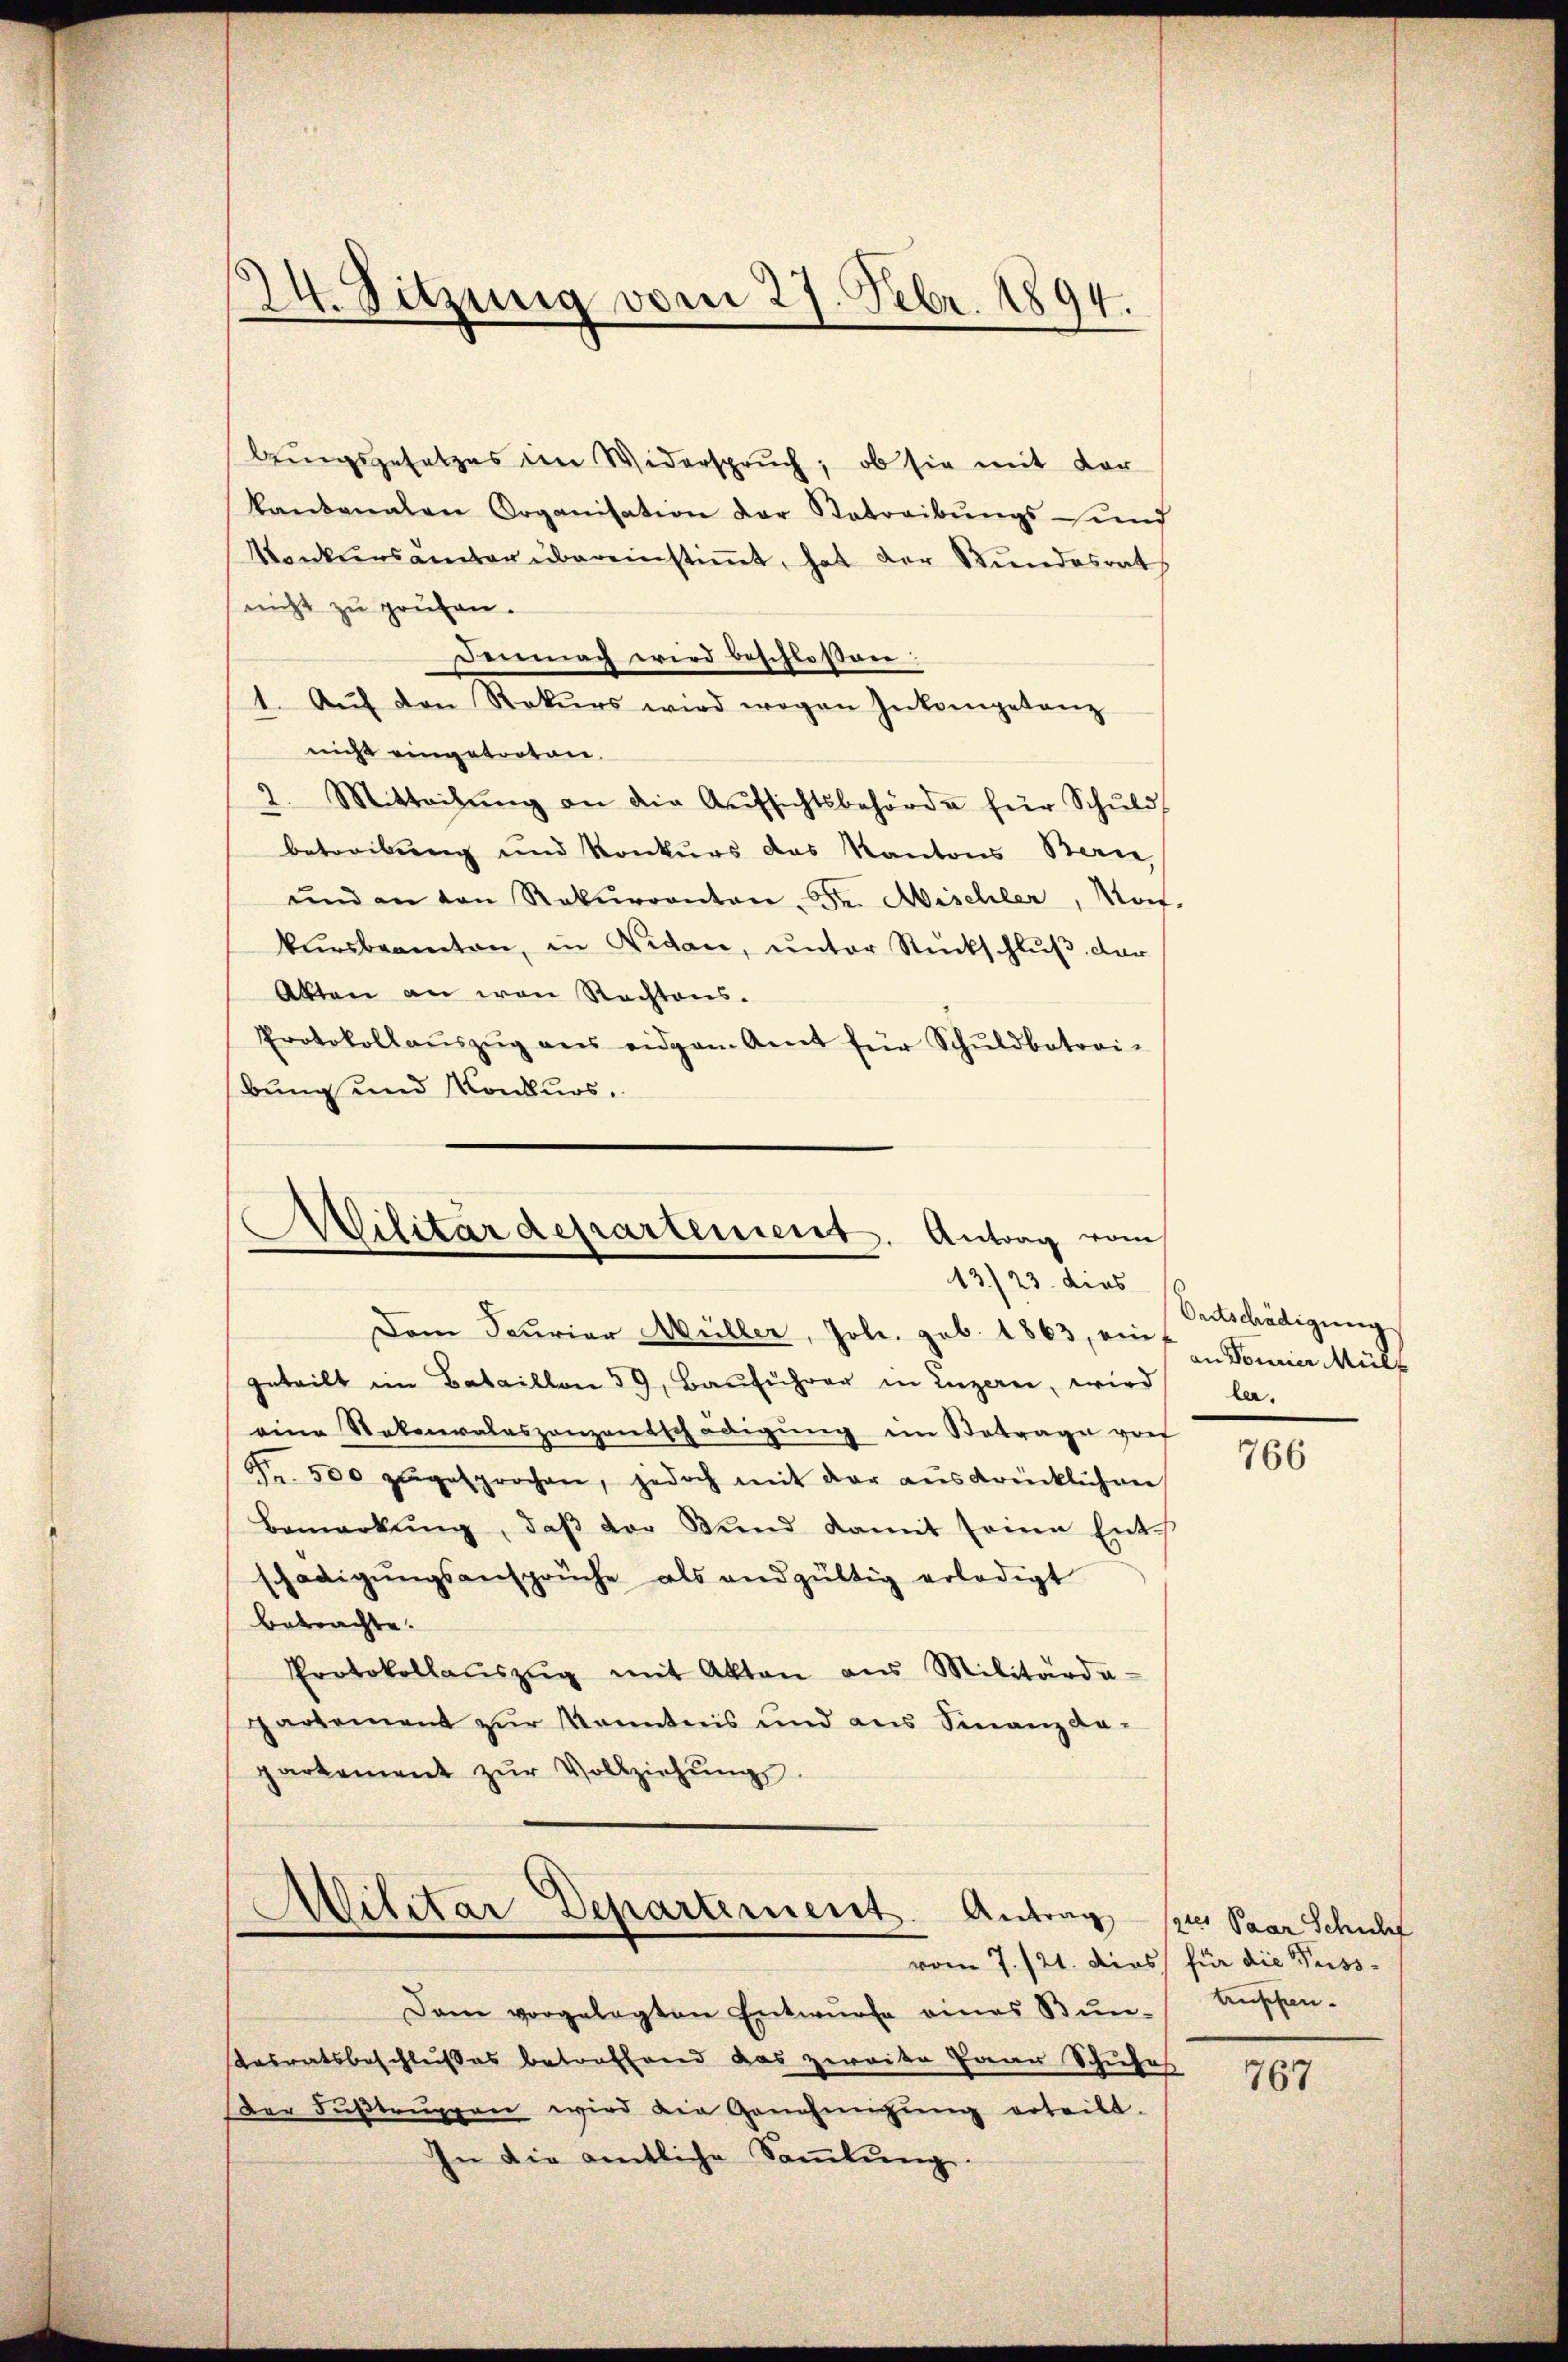
bŭngsgesetzes im Widerspruch, ob sie mit der
kantonalen Organisation der Betreibŭngs- und
Konkursämter übereinstimmt, hat der Bundesrat
nicht zu prüfen.
Demnach wird beschlossen:
1. Aŭf den Rekurs wird wegen Inkompetanz
nicht eingetroten.
2. Mitteilŭng an die Aŭfsichtsbehörde für Schŭld
betreibung und Konkurs das Kantons Berne,
ŭnd an den Rekurrenten. Fr. Mischler, Mart.
kursbeamten, in Vidan, ŭnter Rückschlŭβ der
Akten an von Rechtens.
Protokollaŭszŭg ans eidgam Amt für Schŭldbetrai-
bung und Konkurs.

24. Sitzung vom 27. Febr. 1894.

Wilitärdepartement. Antrag vom
13./23. dies

Dem Fouriar Müller, Joh. geb. 1863, 2 Fourier Müll
geteilt im Bataillon 39, Bauführer in Luzern, wird la-
eine Vateraleszenzentschädigung im Betrage von
5. 500 zugesprochen, jedoch mit der ausdrücklichen
Bemerkŭng, daβ der Bund damit seine Ents
schädigŭngsansprüche als andgültig erledigt
betrachte.
Protokollaŭszŭg mit Akten aus Militärda-
partement zur Kenntnis und aus Finanz da-
partement zŭr Vollziehŭng.

vom 7./21. dies für die Fuss-
Dam vorgelegten Entwŭrfe eines Bŭn-Aussen-
sarsratsbeschlußes betroffend das zweite Paar Schuhe
Der Fŭβtrŭppen wird die Genehmigŭng erteilt.
In die amtliche Saṁlŭng.

Militar Departement. Antrag pres Paar Schuhl

Ontschädigung

766

767